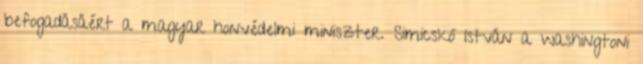
befogadásáért a magyar honvédelmi miniszter. Simicskó István a washingtoni